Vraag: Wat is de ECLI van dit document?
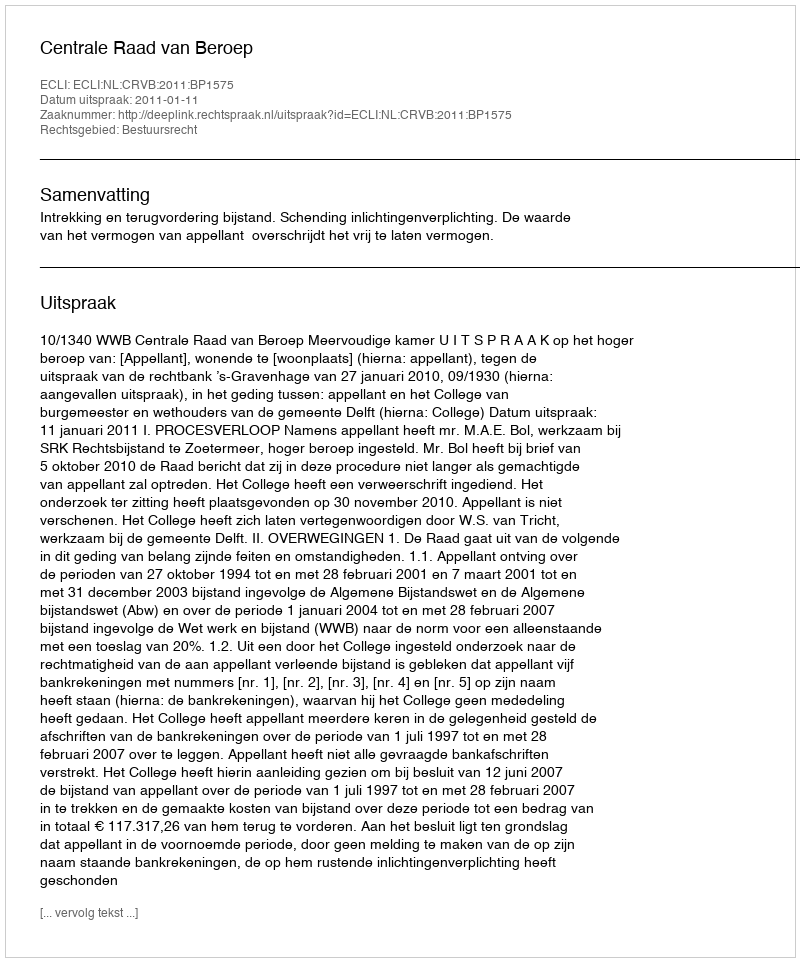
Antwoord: ECLI:NL:CRVB:2011:BP1575